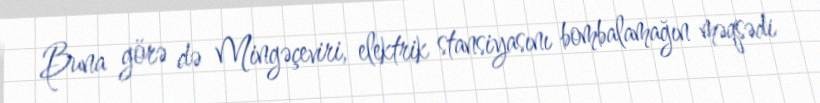
Buna görə də Mingəçeviri, elektrik stansiyasını bombalamağın məqsədi